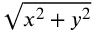
\sqrt { x ^ { 2 } + y ^ { 2 } }